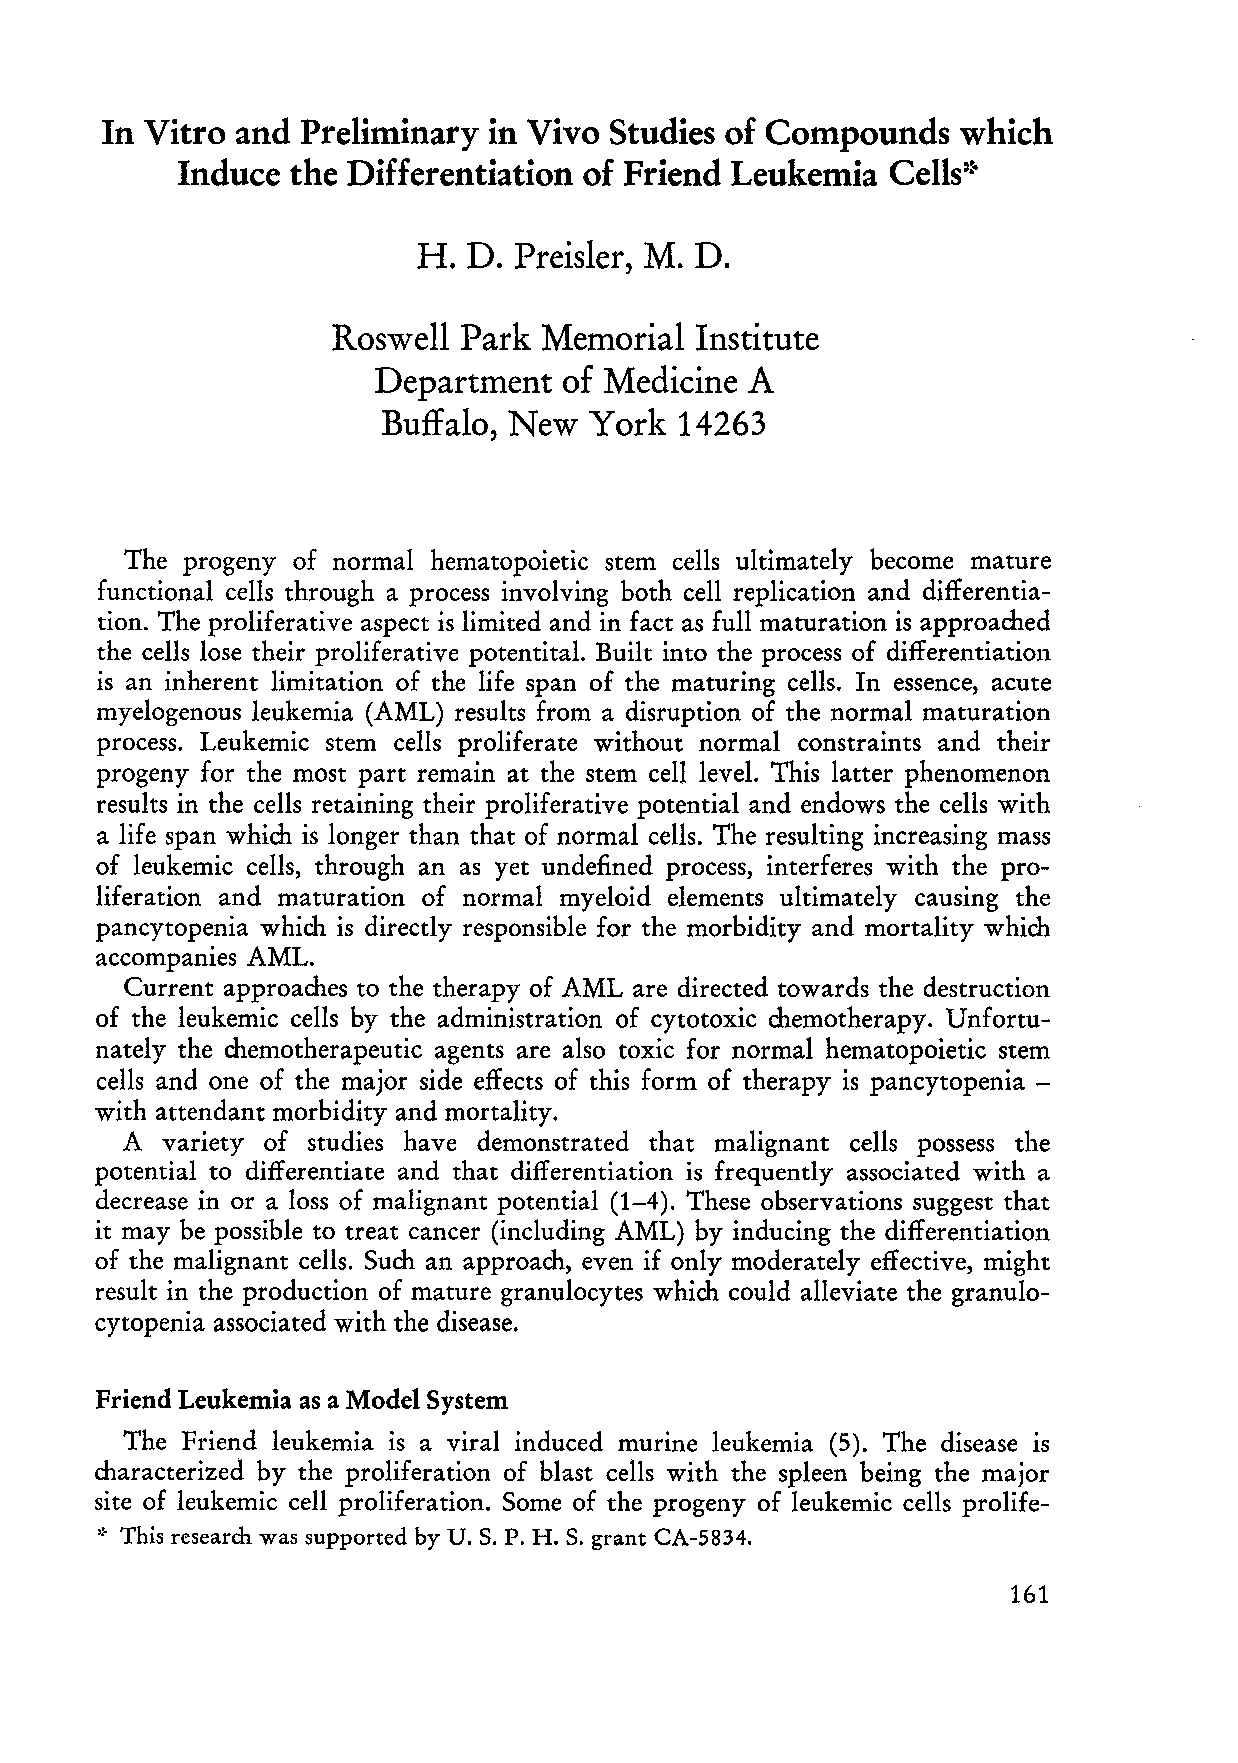
In Vitro and Preliminary  in Vivo Studies of Compounds   which
 Induce  the Differentiation of Friend Leukemia Cells::-
 H. D. Preisler, M. D.
 Roswell  Park Memorial  Institute
 Department   of Medicine A
 Buffalo, New York  14263
 The progeny of normal hematopoietic stern cells ultimately become mature
 functional cells through a process involving both cell replication and differentia
 tion. The proliferative aspect is limited and in fact as full maturation is approached
 the cells lose their proliferative potentital. Built into the process of differentiation
 is an inherent limitation of the life span of the maturing cells. In essence, acute
 myelogenous leukemia (AML) results from a disruption of the normal maturation
 process. Leukemic stern cells proliferate without normal constraints and their
 progeny for the most part remain at the stern cell level. This latter phenomenon
 results in the cells retaining their proliferative potential and endows the cells with
 a life span whi ch is Ion ger than that of normal cells. The resulting increasing mass
 of leukemic cells, through an as yet undefined process, interferes with the pro
 liferation and maturation of normal myeloid elements ultimately causing the
 pancytopenia which is directly responsible for the morbidity and mortality which
 accompanies AML.
 Current approaches to the therapy of AML are directed towards the destruction
 of the leukemic cells by the administration of cytotoxic chemotherapy. Unfortu
 nately the chemotherapeutic agents are also toxic for normal hematopoietic stern
 cells and one of the major side effects of this form of therapy is pancytopenia -
 with attendant morbidity and mortality.
 A  variety of studies have demonstrated that malignant cells possess the
 potential to differentiate and that differentiation is frequently associated with a
 decrease in or a loss of malignant potential (1-4). These observations suggest that
 it may be possible to treat cancer (incIuding AML) by inducing the differentiation
 of the malignant cells. Such an approach, even if only moderately effective, might
 result in the production of mature granulocytes which could alleviate the granulo
 cytopenia associated with the disease.
 Friend Leukemia as a Model System
 The Friend leukemia is a viral induced murine leukemia (5). The disease is
 characterized by the proliferation of blast cells with the spleen being the major
 site oE leukemic cell proliferation. Some of the progeny of leukemic cells prolife
 ::. This research was supported by U. S. P. H. S. grant CA-5834.
 161